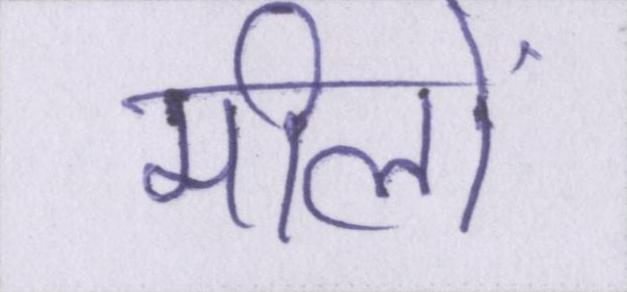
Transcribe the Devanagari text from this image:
मीलों